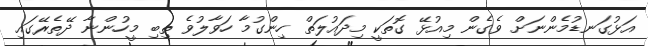
އަޅުގަނޑުމެންނަށް ވެގެން މިއުޅޭ ގޮތަކީ މިދައުލަތް ހިންގުމާ ހަވާލުވެ ތިބި މީހުންނާ ދޭތެރޭގައި